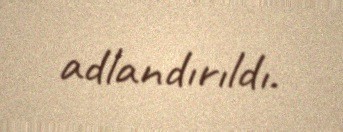
adlandırıldı.